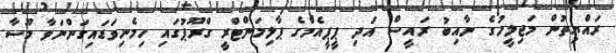
ރައްޔިތުން މަޖިލީހުގެ ނާއިބު ރައީސް އަދި ޕީޕީއެމްގެ ޕާލިމަންޓްރީ ގްރޫޕުގައި ހިމެނިވަޑައިގަންނަވާ މޫސާ